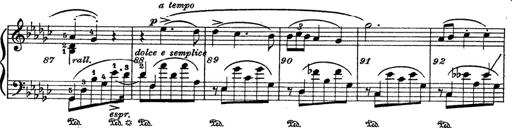
Title: 6 Polish Songs
Composer: Franz Liszt